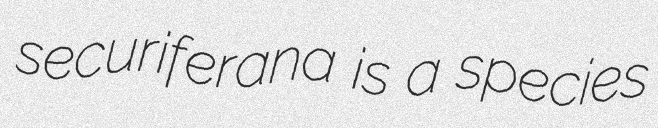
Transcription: securiferana is a species